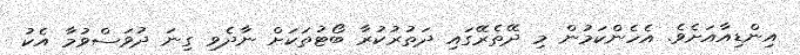
އިންޑިއާއަށެވެ. އެހެންކަމުން މި ދޭތެރޭގައި ދަތުރުކުރާ ބޯޓުތަކަށް ނާދެވި ގިނަ ދުވަސްވުމާ އެކު